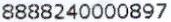
8888240000897